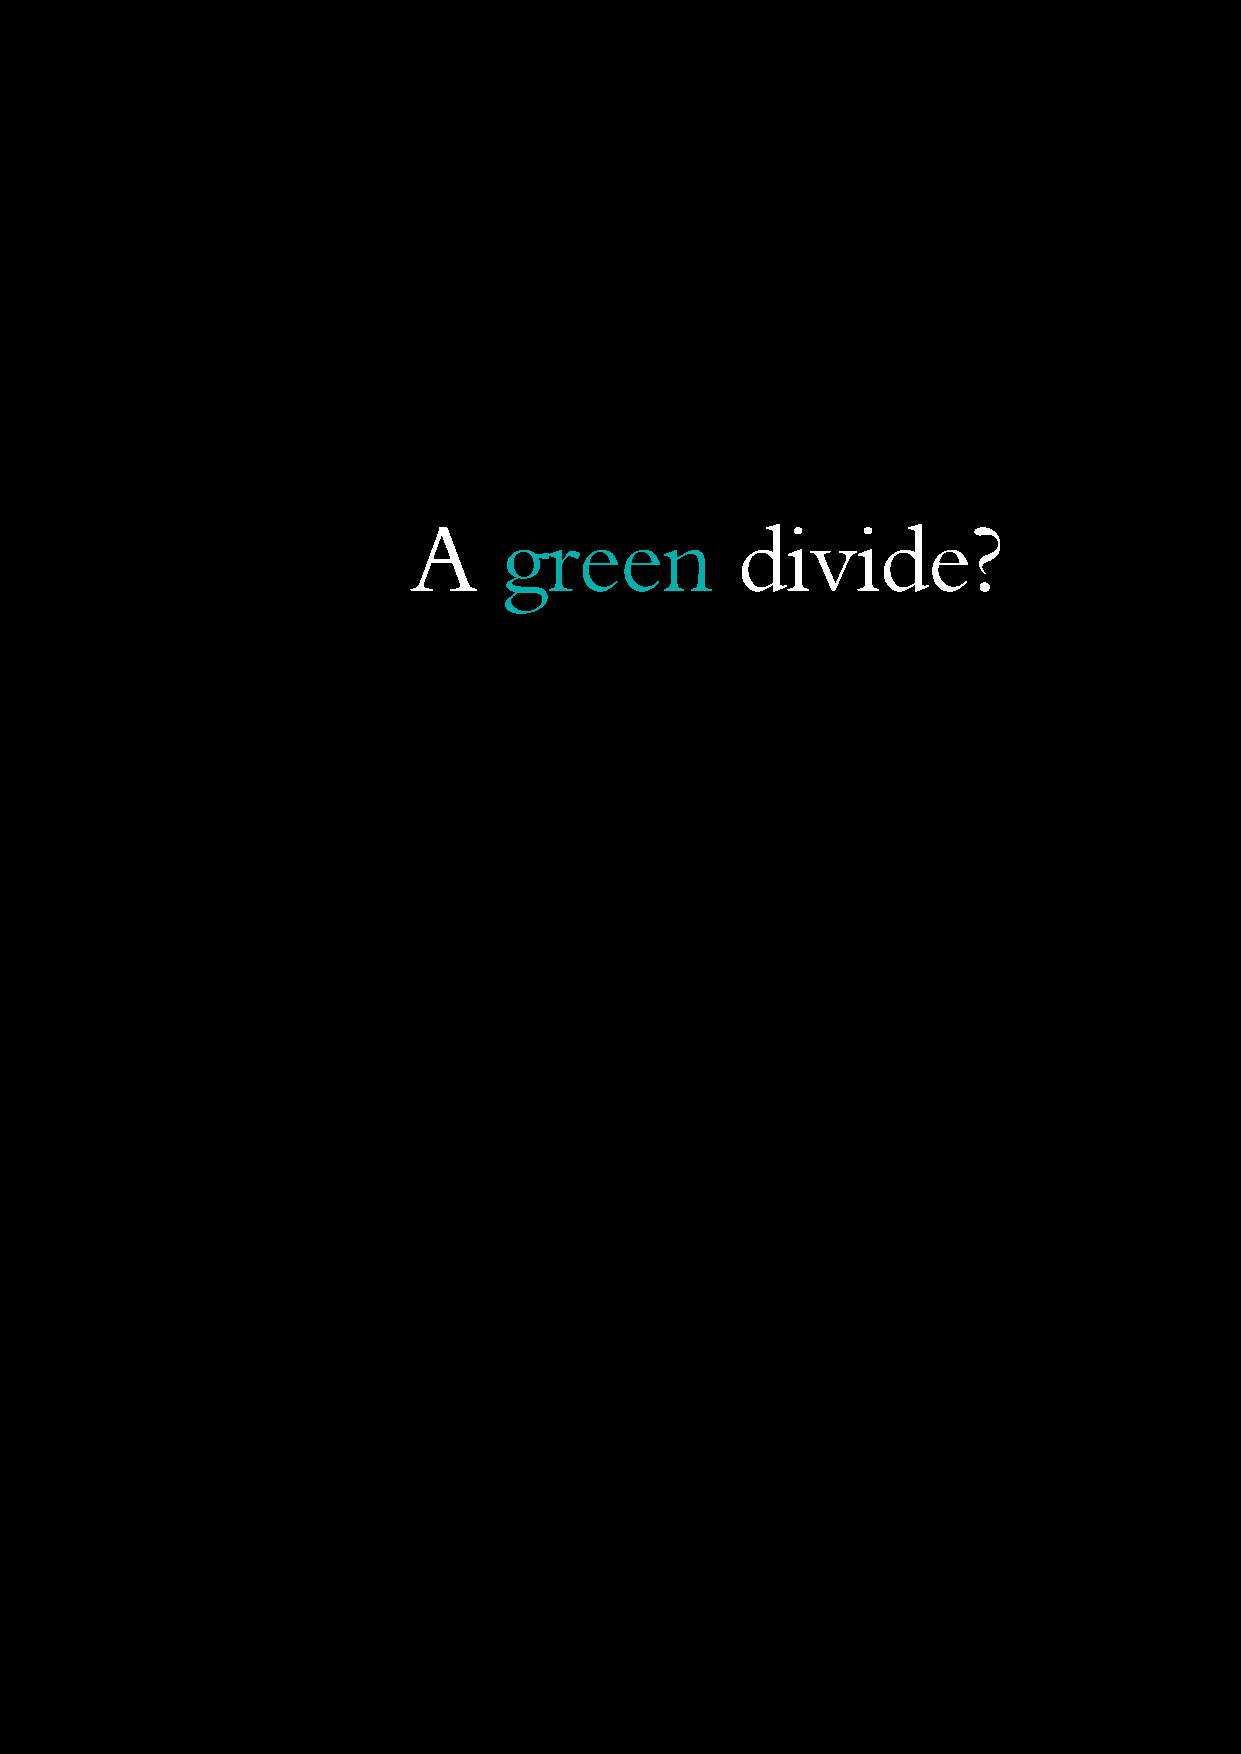
38 Ipsos Global @dvisor March 2009
 A     green           divide?